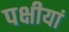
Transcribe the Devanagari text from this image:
पक्षीयां